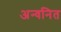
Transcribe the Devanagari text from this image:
अन्वनित